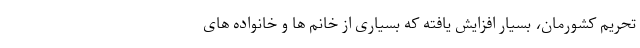
تحریم کشورمان، بسیار افزایش یافته که بسیاری از خانم ها و خانواده های